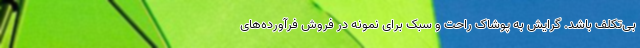
بی‌تکلف باشد. گرایش به پوشاک راحت و سبک برای نمونه در فروش فرآورده‌های